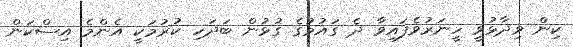
ކިން ވިދާޅުވީ ހީނަރުވެފައިވާ ދެ ގައުމުގެ ގުޅުން ބަދަހި ކުރުމަކީ އެންމެ އިސްކަން